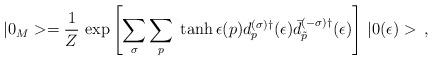
LaTeX: \begin{align*} |0_M>=\frac{1}{Z}\,\exp\left[{\sum_{\sigma} \sum_p \;\tanh\epsilon (p) d_p^{(\sigma)\dagger}(\epsilon) \bar{d}_{\tilde p}^{(-\sigma)\dagger}}(\epsilon)\right]\, |0(\epsilon)>\,{,}\end{align*}